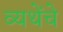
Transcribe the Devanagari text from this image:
व्यथेंचे